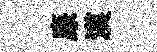
廉漠